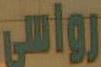
رواسي